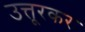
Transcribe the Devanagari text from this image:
उत्तूरकर